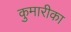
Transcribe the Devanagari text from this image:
कुमारीका